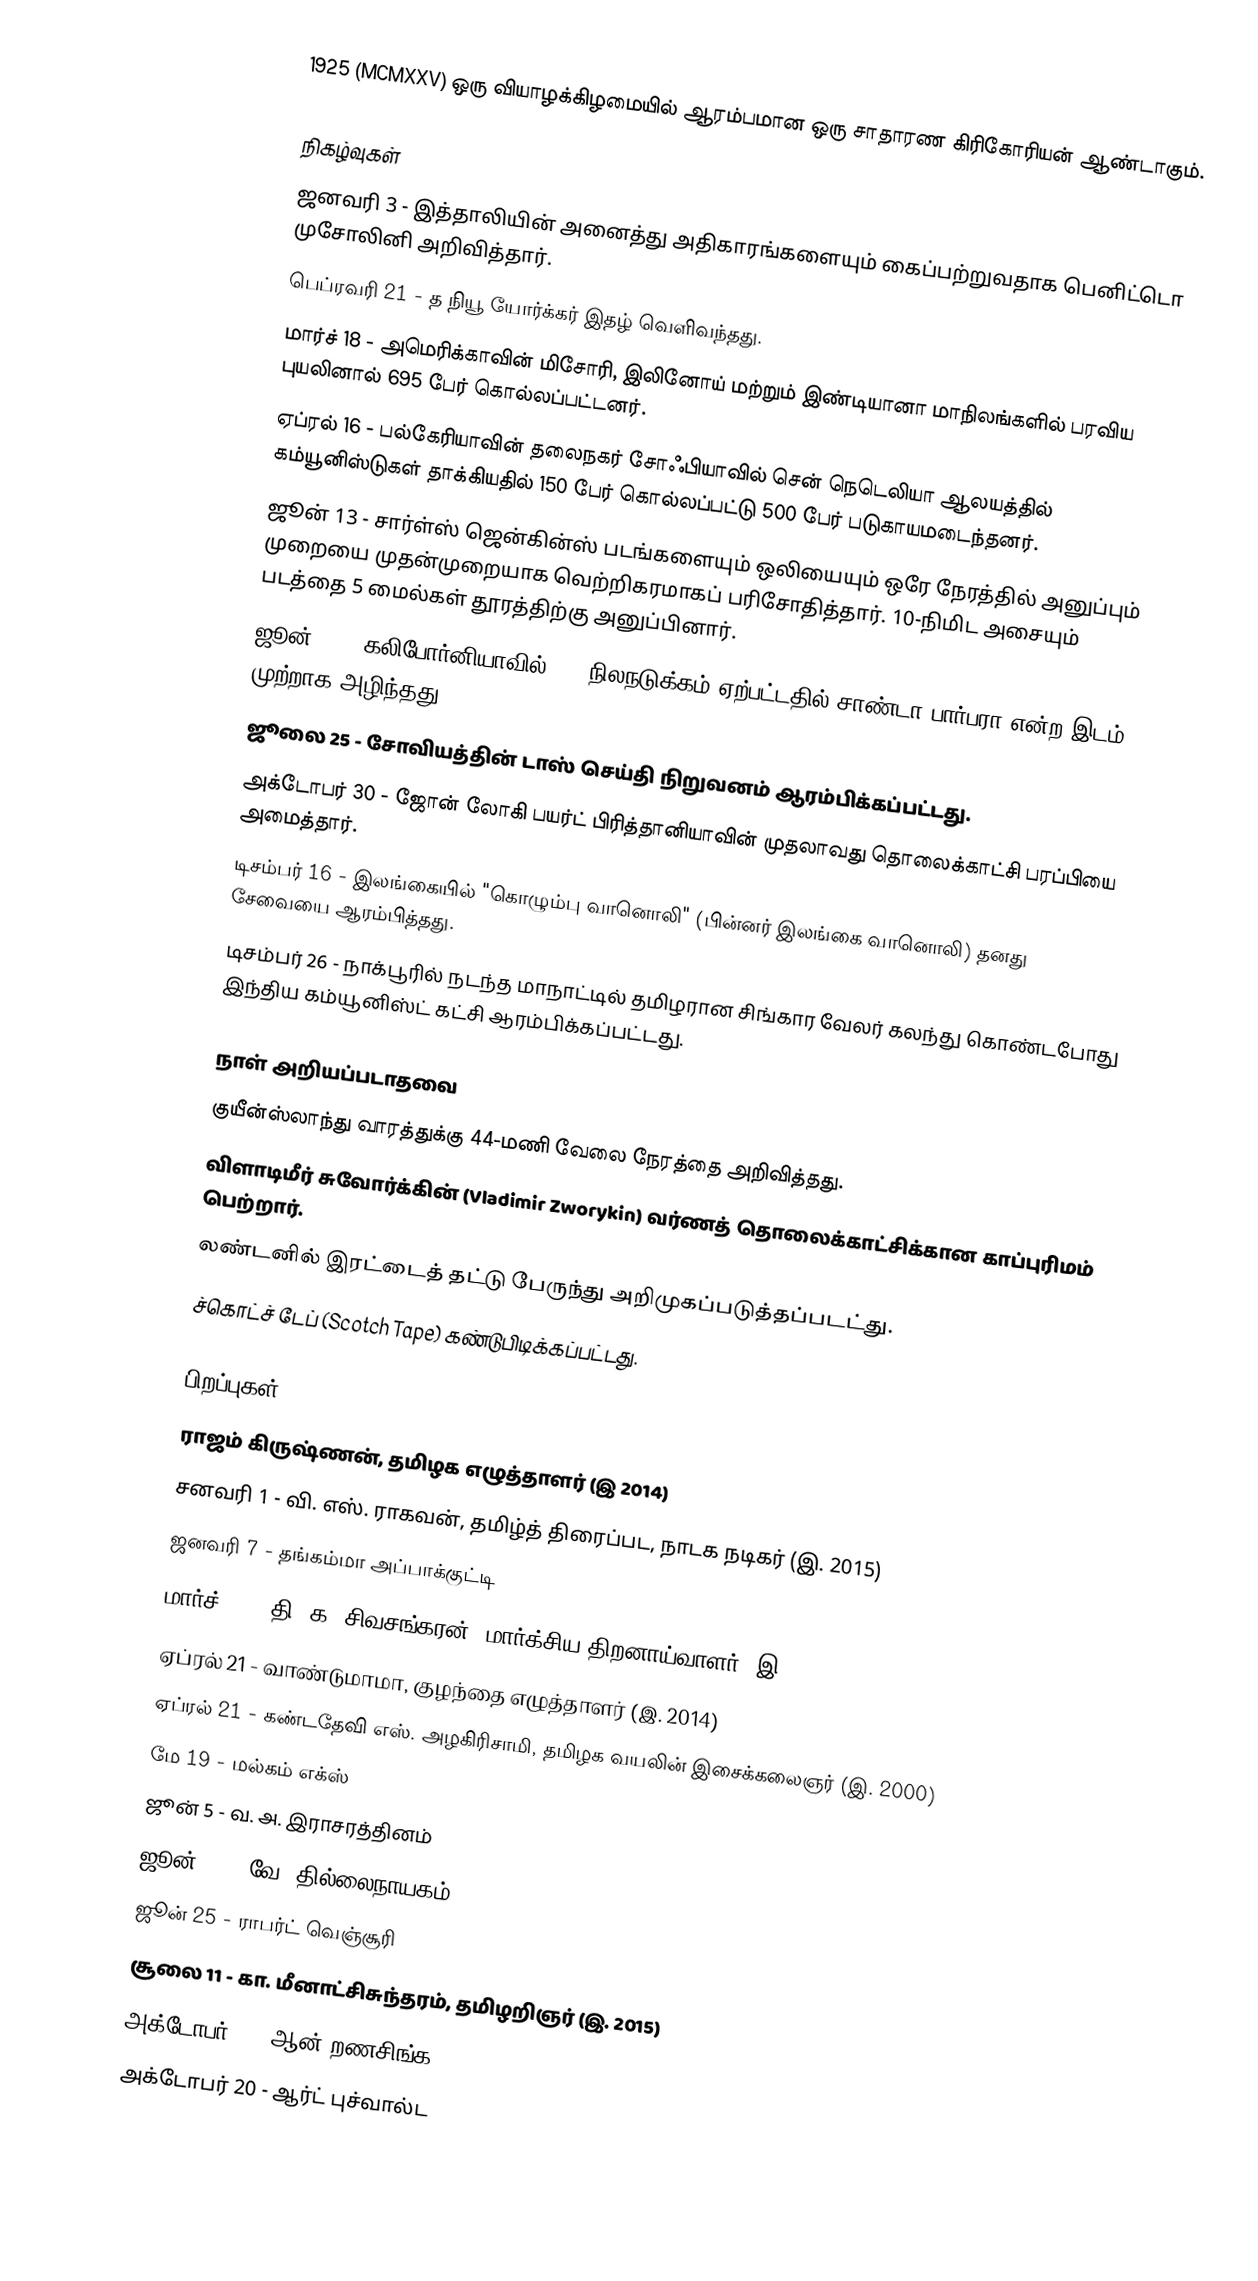
1925  (MCMXXV) ஒரு வியாழக்கிழமையில் ஆரம்பமான ஒரு சாதாரண கிரிகோரியன் ஆண்டாகும்.

நிகழ்வுகள்
 ஜனவரி 3 - இத்தாலியின் அனைத்து அதிகாரங்களையும் கைப்பற்றுவதாக பெனிட்டொ முசோலினி அறிவித்தார்.
 பெப்ரவரி 21 - த நியூ யோர்க்கர் இதழ் வெளிவந்தது.
 மார்ச் 18 - அமெரிக்காவின் மிசோரி, இலினோய் மற்றும் இண்டியானா மாநிலங்களில் பரவிய புயலினால் 695 பேர் கொல்லப்பட்டனர்.
 ஏப்ரல் 16 - பல்கேரியாவின் தலைநகர் சோஃபியாவில் சென் நெடெலியா ஆலயத்தில் கம்யூனிஸ்டுகள் தாக்கியதில் 150 பேர் கொல்லப்பட்டு 500 பேர் படுகாயமடைந்தனர்.
 ஜூன் 13 - சார்ள்ஸ் ஜென்கின்ஸ் படங்களையும் ஒலியையும் ஒரே நேரத்தில் அனுப்பும் முறையை முதன்முறையாக வெற்றிகரமாகப் பரிசோதித்தார். 10-நிமிட அசையும் படத்தை 5 மைல்கள் தூரத்திற்கு அனுப்பினார்.
 ஜூன் 29 - கலிபோர்னியாவில் 6.3 நிலநடுக்கம் ஏற்பட்டதில் சாண்டா பார்பரா என்ற இடம் முற்றாக அழிந்தது.
 ஜூலை 25 - சோவியத்தின் டாஸ் செய்தி நிறுவனம் ஆரம்பிக்கப்பட்டது.
 அக்டோபர் 30 - ஜோன் லோகி பயர்ட் பிரித்தானியாவின் முதலாவது தொலைக்காட்சி பரப்பியை அமைத்தார்.
 டிசம்பர் 16 - இலங்கையில் "கொழும்பு வானொலி" (பின்னர் இலங்கை வானொலி) தனது சேவையை ஆரம்பித்தது.
 டிசம்பர் 26 - நாக்பூரில் நடந்த மாநாட்டில் தமிழரான சிங்கார வேலர் கலந்து கொண்டபோது  இந்திய கம்யூனிஸ்ட் கட்சி ஆரம்பிக்கப்பட்டது.

நாள் அறியப்படாதவை
 குயீன்ஸ்லாந்து வாரத்துக்கு 44-மணி வேலை நேரத்தை அறிவித்தது.
 விளாடிமீர் சுவோர்க்கின் (Vladimir Zworykin) வர்ணத் தொலைக்காட்சிக்கான காப்புரிமம் பெற்றார்.
 லண்டனில் இரட்டைத் தட்டு பேருந்து அறிமுகப்படுத்தப்படட்து.
 ச்கொட்ச் டேப் (Scotch Tape) கண்டுபிடிக்கப்பட்டது.

பிறப்புகள்
 ராஜம் கிருஷ்ணன், தமிழக எழுத்தாளர் (இ 2014)
 சனவரி 1 - வி. எஸ். ராகவன், தமிழ்த் திரைப்பட, நாடக நடிகர் (இ. 2015)
 ஜனவரி 7 - தங்கம்மா அப்பாக்குட்டி
 மார்ச் 30 - தி. க. சிவசங்கரன், மார்க்சிய திறனாய்வாளர் (இ. 2014)
 ஏப்ரல் 21 - வாண்டுமாமா, குழந்தை எழுத்தாளர் (இ. 2014)
 ஏப்ரல் 21 - கண்டதேவி எஸ். அழகிரிசாமி, தமிழக வயலின் இசைக்கலைஞர் (இ. 2000)
 மே 19 - மல்கம் எக்ஸ்
 ஜூன் 5 - வ. அ. இராசரத்தினம்
 ஜூன் 10 - வே. தில்லைநாயகம்
 ஜூன் 25 - ராபர்ட் வெஞ்சூரி
 சூலை 11 - கா. மீனாட்சிசுந்தரம், தமிழறிஞர் (இ. 2015)
 அக்டோபர் 2 - ஆன் றணசிங்க
 அக்டோபர் 20 - ஆர்ட் புச்வால்ட